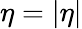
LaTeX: \eta=|\eta|